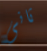
ثانى